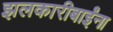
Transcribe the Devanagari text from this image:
झलकारीबाईंना